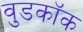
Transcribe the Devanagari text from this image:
वुडकॉक